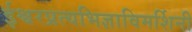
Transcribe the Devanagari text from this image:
ईश्वरप्रत्यभिज्ञाविमर्शिनी